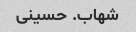
شهاب. حسینی